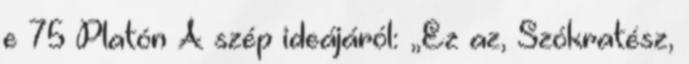
e 75 Platón A szép ideájáról: „Ez az, Szókratész,